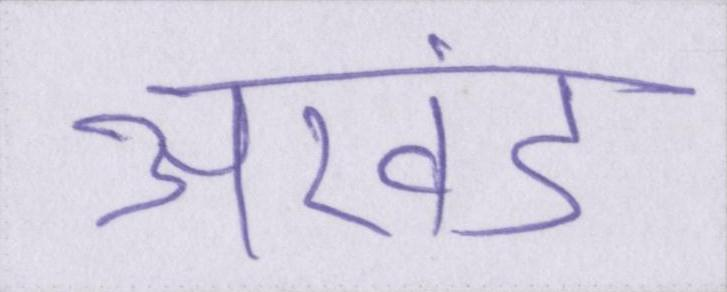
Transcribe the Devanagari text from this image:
अखंड